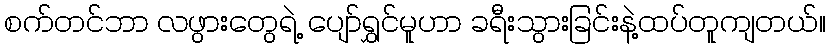
စက်တင်ဘာ လဖွားတွေရဲ့ ပျော်ရွှင်မူဟာ ခရီးသွားခြင်းနဲ့ထပ်တူကျတယ်။